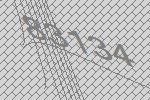
83134